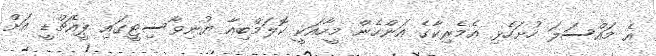
އެ މައްސަލަ ހުށަހެޅި އެމެރިކާގެ އަންހެން މީހާއަކީ ކޮލަމްބިއާ ޔުނިވާސިޓީގައި ޕީއެޗްޑީ އަށް